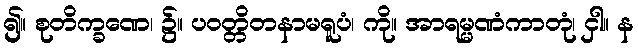
၍။ စုတိက္ခဏေ၊ ၌။ ပဝတ္တိတနာမရူပံ၊ ကို။ အာရမ္မဏံကာတုံ၊ ငှါ။ န